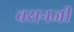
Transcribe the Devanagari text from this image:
वसनजी